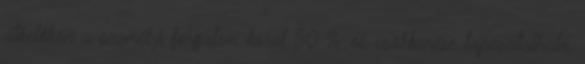
átkelőkön a személyi forgalom közel 50 %-os csökkenése tapasztalható,